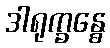
ဒါရုက္ခန္ဓေ